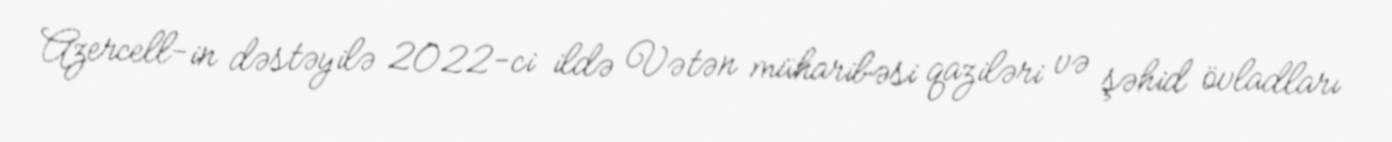
Azercell-in dəstəyilə 2022-ci ildə Vətən müharibəsi qaziləri və şəhid övladları